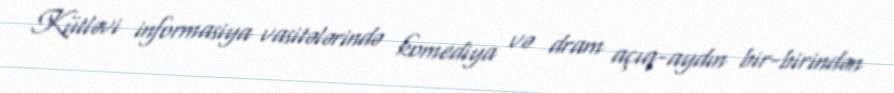
Kütləvi informasiya vasitələrində komediya və dram açıq-aydın bir-birindən